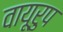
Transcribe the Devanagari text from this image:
वायूरुप